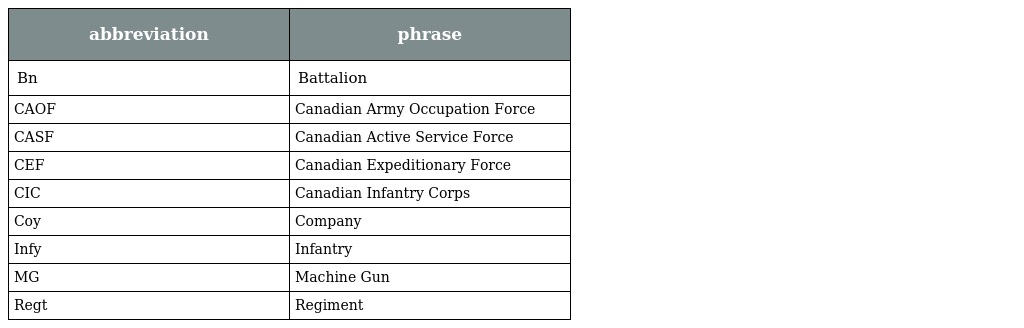
| abbreviation | phrase |
 | --- | --- |
 | Bn | Battalion |
 | CAOF | Canadian Army Occupation Force |
 | CASF | Canadian Active Service Force |
 | CEF | Canadian Expeditionary Force |
 | CIC | Canadian Infantry Corps |
 | Coy | Company |
 | Infy | Infantry |
 | MG | Machine Gun |
 | Regt | Regiment |